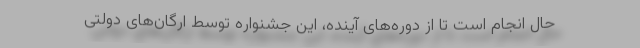
حال انجام است تا از دوره‌های آینده، این جشنواره توسط ارگان‌های دولتی